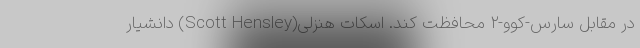
در مقابل سارس-کوو-۲ محافظت کند. اسکات هنزلی(Scott Hensley) دانشیار